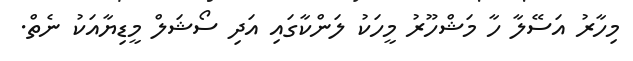
މިހާރު އަސޭލާ ހާ މަޝްހޫރު މީހަކު ލަންކާގައި އަދި ސޯޝަލް މީޑިޔާއަކު ނެތް.